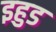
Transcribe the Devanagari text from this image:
इहुड